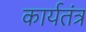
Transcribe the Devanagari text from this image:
कार्यतंत्र